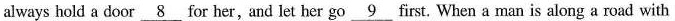
always hold a door \underline{8} for her,and let her go \underline{9} first. When a man is along a road with